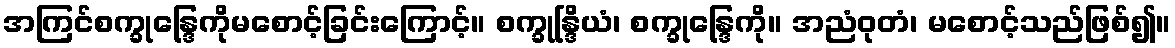
အကြင်စက္ခုန္ဒြေကိုမစောင့်ခြင်းကြောင့်။ စက္ခုန္ဒြိယံ၊ စက္ခုန္ဒြေကို။ အညံဝုတံ၊ မစောင့်သည်ဖြစ်၍။